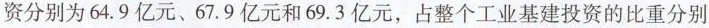
资分别为 64.9 亿元、67.9 亿元和 69.3 亿元，占整个工业基建投资的比重分别